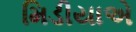
મિડીયાએ